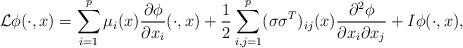
LaTeX: \begin{align*} \mathcal{L}\phi(\cdot,x)=\sum_{i=1}^p \mu_i (x) \frac{\partial \phi}{\partial x_i}(\cdot,x)+\frac{1}{2} \sum_{i,j=1}^p (\sigma \sigma^T )_{ij} (x) \frac{ \partial^2\phi}{\partial x_i\partial x_{j} }+I\phi(\cdot,x), \end{align*}